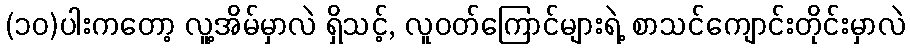
(၁၀)ပါးကတော့ လူ့အိမ်မှာလဲ ရှိသင့်, လူဝတ်ကြောင်များရဲ့ စာသင်ကျောင်းတိုင်းမှာလဲ